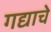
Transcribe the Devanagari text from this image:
गद्याचे